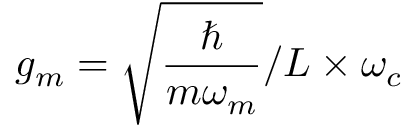
g _ { m } = \sqrt { \frac { \hbar } { m \omega _ { m } } } / L \times \omega _ { c }